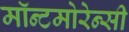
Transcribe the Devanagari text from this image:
मॉन्टमोरेन्सी